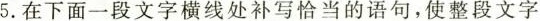
5.在下面一段文字横线处补写恰当的语句，使整段文字